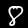
Label: 8